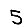
Digit: 5